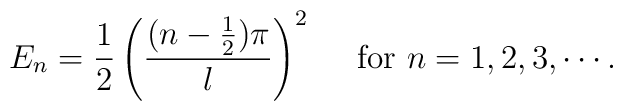
E_n= \frac{1}{2}\left( \frac{(n-\frac{1}{2})\pi}{l} \right)^2      ~~~~{\rm for} ~n=1,2,3,\cdots.